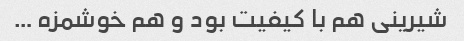
شیرینی هم با کیفیت بود و هم خوشمزه …